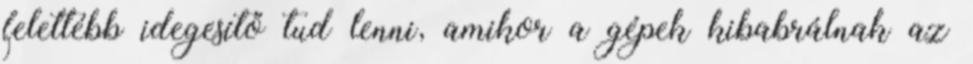
felettébb idegesítő tud lenni, amikor a gépek kibabrálnak az